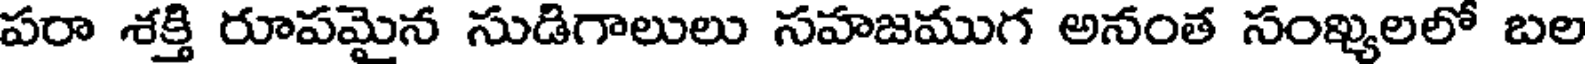
పరా శక్తి రూపమైన సుడిగాలులు సహజముగ అనంత సంఖ్యలలో బల